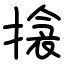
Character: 搇